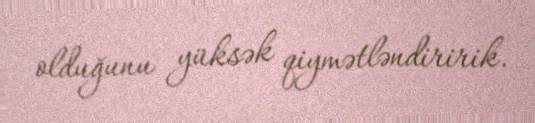
olduğunu yüksək qiymətləndiririk.